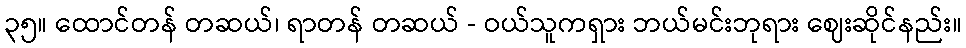
၃၅။ ထောင်တန် တဆယ်၊ ရာတန် တဆယ် - ဝယ်သူကရှား ဘယ်မင်းဘုရား ဈေးဆိုင်နည်း။